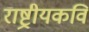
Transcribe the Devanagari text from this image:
राष्ट्रीयकवि